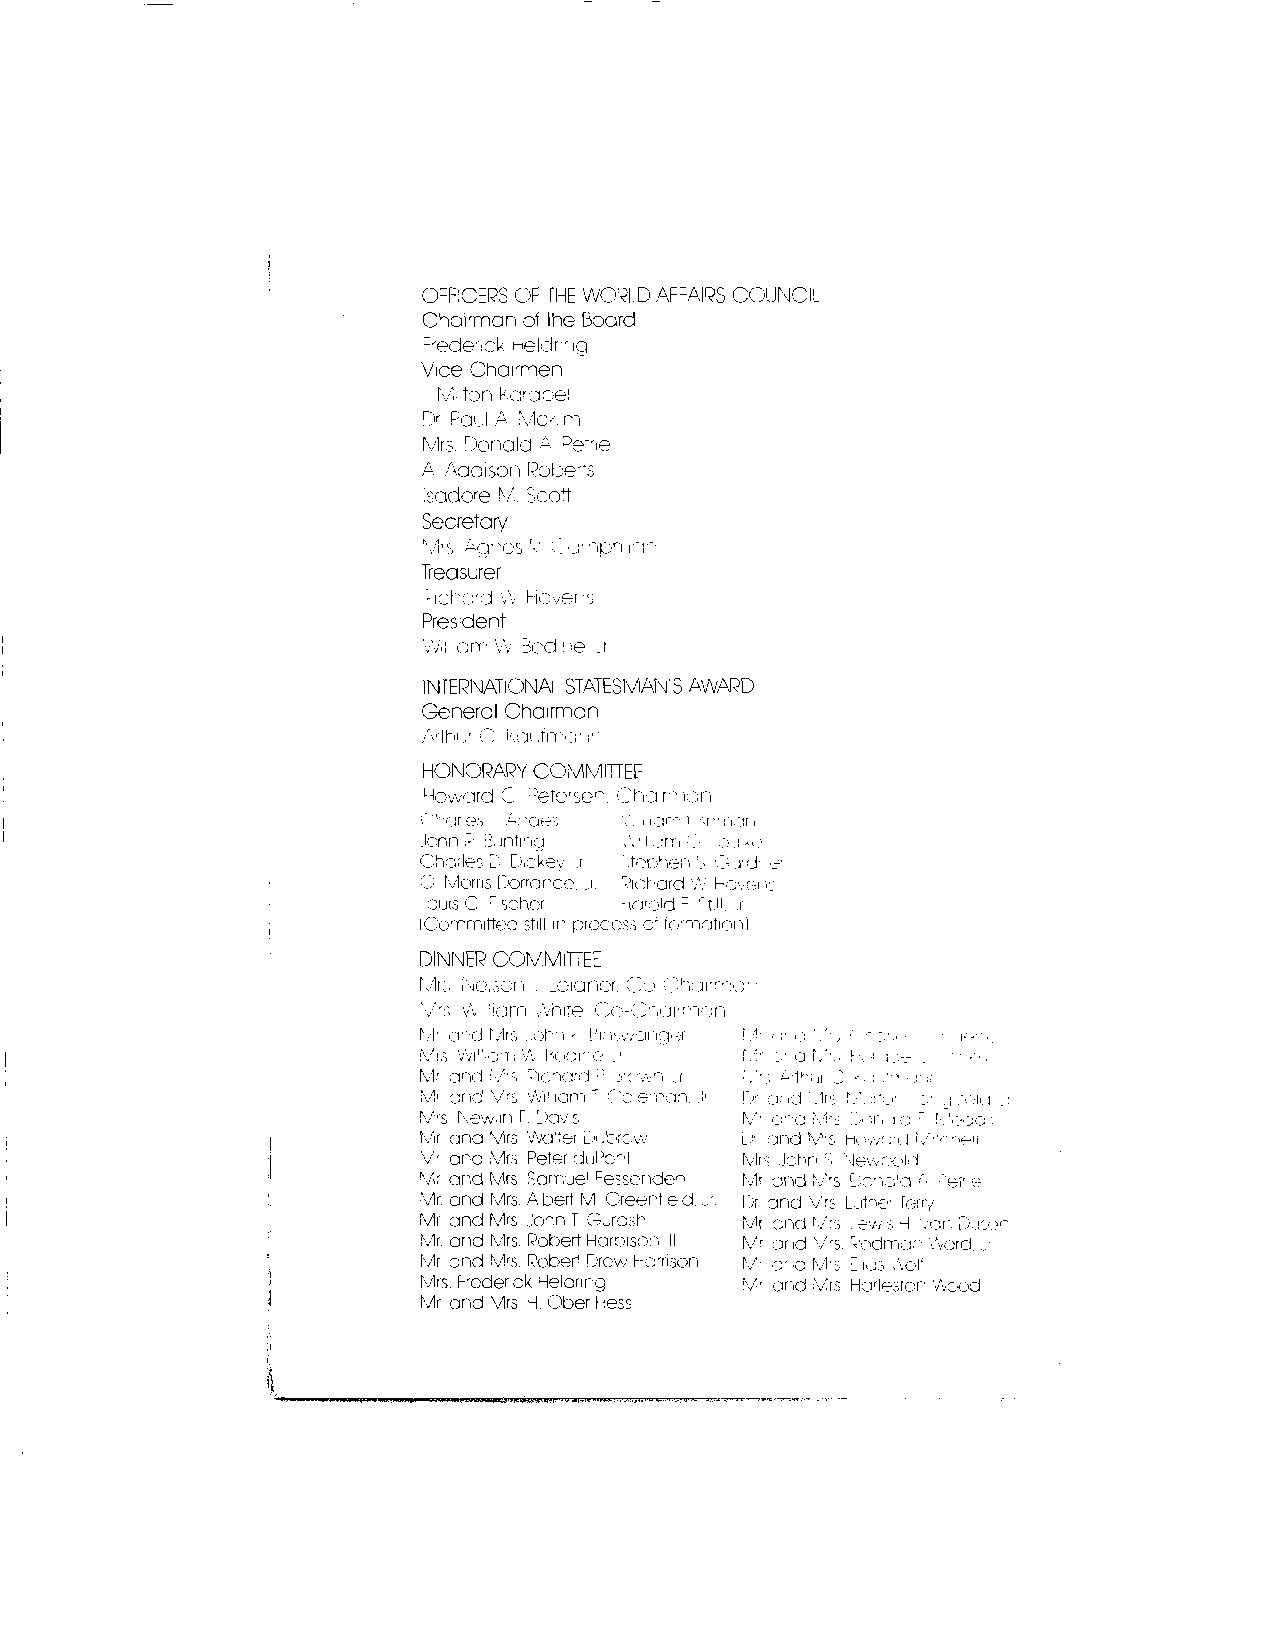
OFFICERS OF THE WORLD AFFAIRS COUNCIL
 Chairman of the Board
 -'edenck i-eldrng
 Vice Chairmen
 Ml 11 ton Kara be I
 Dr Paul A Mlckirn
 Mrs. Donald A Petne
 A Addison Roberts
 Isadore M. Scott
 Secretary
 Mis "Cjnes K '• ..'j'"'"ipri ion
 Treasurer
 Pichard v'v Hovei -s
 President
 Will am W Ecdine. Ji
 INTERNATIONAL STATESMAN'S AWARD
 General Chairman
 Arthur C kai ,fma- in
 HONORARY COMMITTEE
 Howard C Petersen.
 jorrmrttee still \r process •:
 DINNER COMMITTEE
 Mi.-. Nelson .1 Leidner.
 Mi and Mrs ...oh: i •• Pr iy.
 Mis Wi'loTi Vv Bodire..:
 Mr and Mis Picnard F y
 Mi and M's William T Colerran. '>< L> and Mr;
 Mrs New.in F. Davis  M- ana Mr-
 Mir arid Mrs Vva'lei uut'rcvv L-I and M'S
 Mir and Mrs Peter duPont Mrs John S Newcoid
 Mr and Mrs Samuel Fessenden Mr and M.rs L,c/'aid L Petr e
 Mr. and Mrs. Albert M Greenfield, .jr. Dr and M'rs Luther Terry
 Mr and Mrs John T Gurash f-../i ond Mrs _ewi -\ '.-or-, ilxiy
 r
 Mr. and Mrs. Pobert Haroison III y and Mrs. 7'odmar \\-ard. j
 r
 Mr end Mrs. Pobert Drew Hamson [\/ - j Mlrs E.ias Aol'
 r o]C
 Mrs. Frederick Heldring M, -,cl Mrs Ha-testcr '.'.cod
 ar
 Mr and Mrs H. Ober Hess